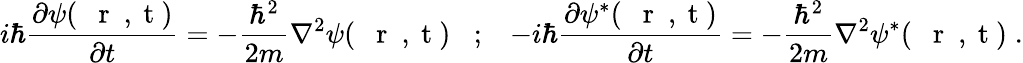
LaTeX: i\hbar\frac{\partial\psi(\mathrm{~{~\mathbf~r~}~,~t~})}{\partial t}=-\frac{\hbar^{2}}{2m}\nabla^{2}\psi(\mathrm{~{~\mathbf~r~}~,~t~})\; \; \; ;\; \; \; -i\hbar\frac{\partial\psi^{*}(\mathrm{~{~\mathbf~r~}~,~t~})}{\partial t}=-\frac{\hbar^{2}}{2m}\nabla^{2}\psi^{*}(\mathrm{~{~\mathbf~r~}~,~t~})\; .